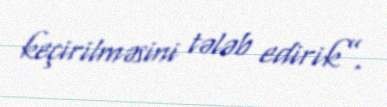
keçirilməsini tələb edirik”.